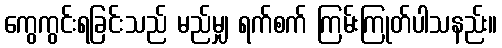
ကွေကွင်းရခြင်းသည် မည်မျှ ရက်စက် ကြမ်းကြုတ်ပါသနည်း။